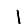
Digit: 1